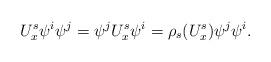
LaTeX: \begin{align*}U^s_x\psi^i\psi^j = \psi^jU^s_x\psi^i = \rho_s(U^s_x)\psi^j\psi^i .\end{align*}